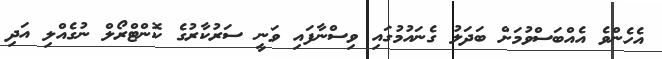
އެހެންވެ އެއްބަސްވުމަށް ބަދަލު ގެނައުމުގައި ވިސްނާފައި ވަނީ ސަރުކާރުގެ ކޮންޓްރޯލް ނުގެއްލި އަދި